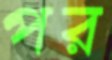
পর